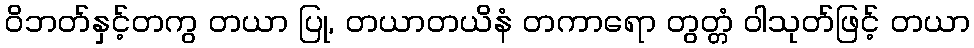
ဝိဘတ်နှင့်တကွ တယာ ပြု, တယာတယိနံ တကာရော တွတ္တံ ဝါသုတ်ဖြင့် တယာ